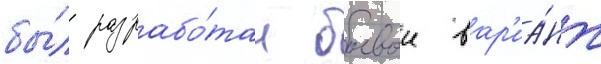
бы́л разрабо́тан боевои вар'иа́нт